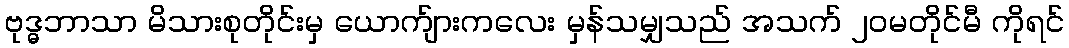
ဗုဒ္ဓဘာသာ မိသားစုတိုင်းမှ ယောက်ျားကလေး မှန်သမျှသည် အသက် ၂၀မတိုင်မီ ကိုရင်